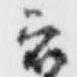
衣